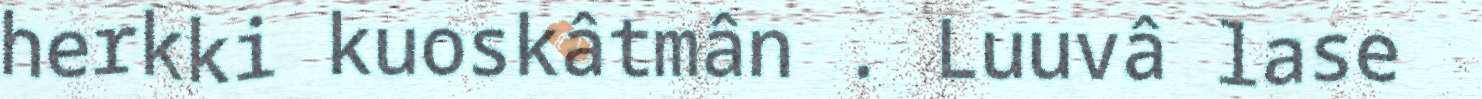
herkki kuoskâtmân . Luuvâ lase